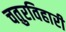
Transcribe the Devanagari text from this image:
चतुरविहारी